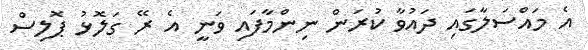
އެ މައްސަލާގައި ދައުވާ ކުރަން ނިންމާފައި ވަނީ އެ ރޭ ގަލޮޅު ޕޮލިސް